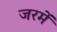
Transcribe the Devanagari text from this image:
जरमें